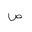
Letter: _sad